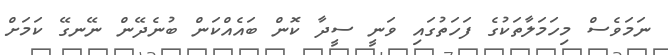
ނަމަވެސް މިހަމަލާތަކުގެ ފަހަތުގައި ވަނީ ސީދާ ކޮން ބައެއްކަން ބުނެދޭން ނޭނގޭ ކަމަށް